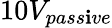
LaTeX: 10V_{pass\mathbf{i}ve}